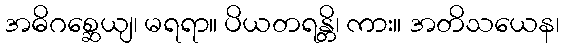
အဓိဂစ္ဆေယျ၊ မရရာ။ ပိယတရန္တိ၊ ကား။ အတိသယေန၊